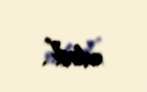
edirik”.